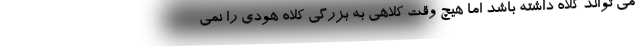
می تواند کلاه داشته باشد اما هیچ وقت کلاهی به بزرگی کلاه هودی را نمی